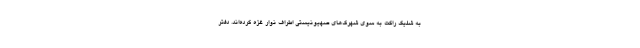
به شلیک راکت به سوی شهرک‌های صهیونیستی اطراف نوار غزه کرده‌اند. دفتر